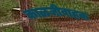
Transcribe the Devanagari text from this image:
काळजीवाहक